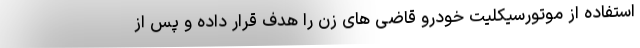
استفاده از موتورسیکلیت خودرو قاضی های زن را هدف قرار داده و پس از